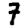
Digit: 7